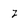
Character: z